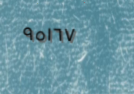
٩٥١٦٧